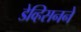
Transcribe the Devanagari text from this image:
डेव्हिसनने